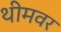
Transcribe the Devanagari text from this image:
थीमवर